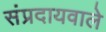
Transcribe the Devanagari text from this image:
संप्रदायवाले